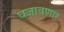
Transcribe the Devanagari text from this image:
धजावणार